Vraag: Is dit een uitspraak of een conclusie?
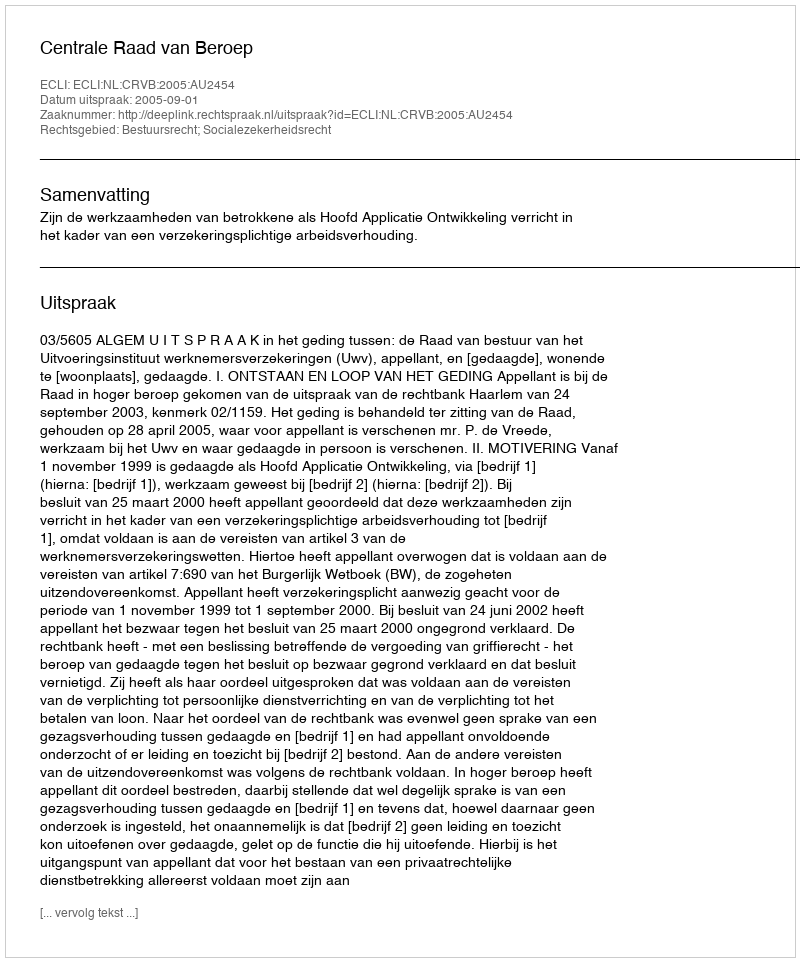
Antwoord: Uitspraak